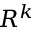
R ^ { k }